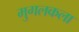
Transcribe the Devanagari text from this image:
मुगलकला